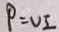
P = U I